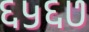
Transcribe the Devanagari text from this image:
६५६७